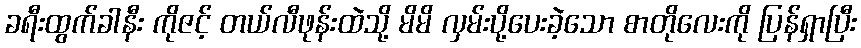
ခရီးထွက်ခါနီး ကိုဇင့် တယ်လီဖုန်းထဲသို့ မိမိ လှမ်းပို့ပေးခဲ့သော စာတိုလေးကို ပြန်ရှာပြီး